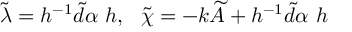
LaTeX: \widetilde { \lambda } = h ^ { - 1 } \widetilde { d } \alpha \ h , \ \ \widetilde { \chi } = - k \widetilde { A } + h ^ { - 1 } \widetilde { d } \alpha \ h